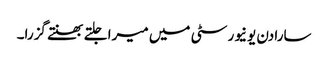
سارا دن یونیورسٹی میں میرا جلتے بھنتے گزرا۔